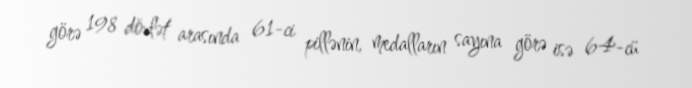
görə 198 dövlət arasında 61-ci pillənin, medalların sayına görə isə 64-cü